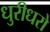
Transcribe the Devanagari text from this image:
धुरीधरो